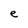
Character: e